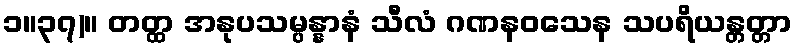
၁။၃၇)။ တတ္ထ အနုပသမ္ပန္နာနံ သီလံ ဂဏနဝသေန သပရိယန္တတ္တာ